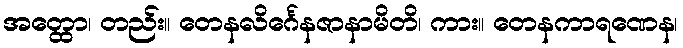
အတ္ထော၊ တည်း။ တေနလိင်္ဂေနဇာနာမိတိ၊ ကား။ တေနကာရဏေန၊